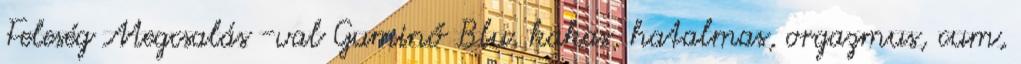
Feleség Megcsalás -val Guminő Blu. kakas, hatalmas, orgazmus, cum,